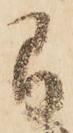
間